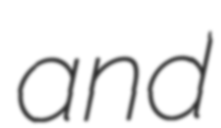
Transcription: and